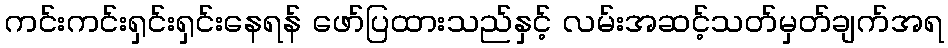
ကင်းကင်းရှင်းရှင်းနေရန် ဖော်ပြထားသည်နှင့် လမ်းအဆင့်သတ်မှတ်ချက်အရ